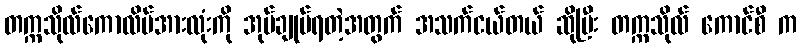
တက္ကသိုလ်ကောလိပ်အားလုံးကို အုပ်ချုပ်ရတဲ့အတွက် အသက်ငယ်တယ် ဆိုပြီး တက္ကသိုလ် ကောင်စီ က